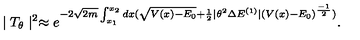
\mid T _ { \theta } \mid ^ { 2 } \approx e ^ { - 2 \sqrt { 2 m } \int _ { x _ { 1 } } ^ { x _ { 2 } } d x ( \sqrt { V ( x ) - E _ { 0 } } + \frac { 1 } { 2 } \mid \theta ^ { 2 } \Delta E ^ { ( 1 ) } \mid ( V ( x ) - E _ { 0 } ) ^ { \frac { - 1 } { 2 } } ) } .